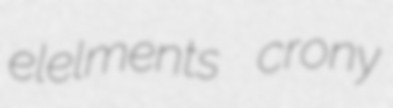
elelments crony